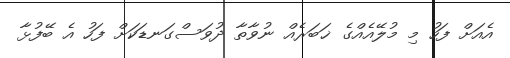
އެއަށް ފަހު މި މުލޭއެއްގެ ޚަބަރެއް ނުވާތާ ދުވަސްގަނޑަކަށް ފަހު އެ ބޭފުޅާ